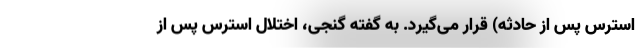
استرس پس از حادثه) قرار می‌گیرد. به گفته گنجی، اختلال استرس پس از